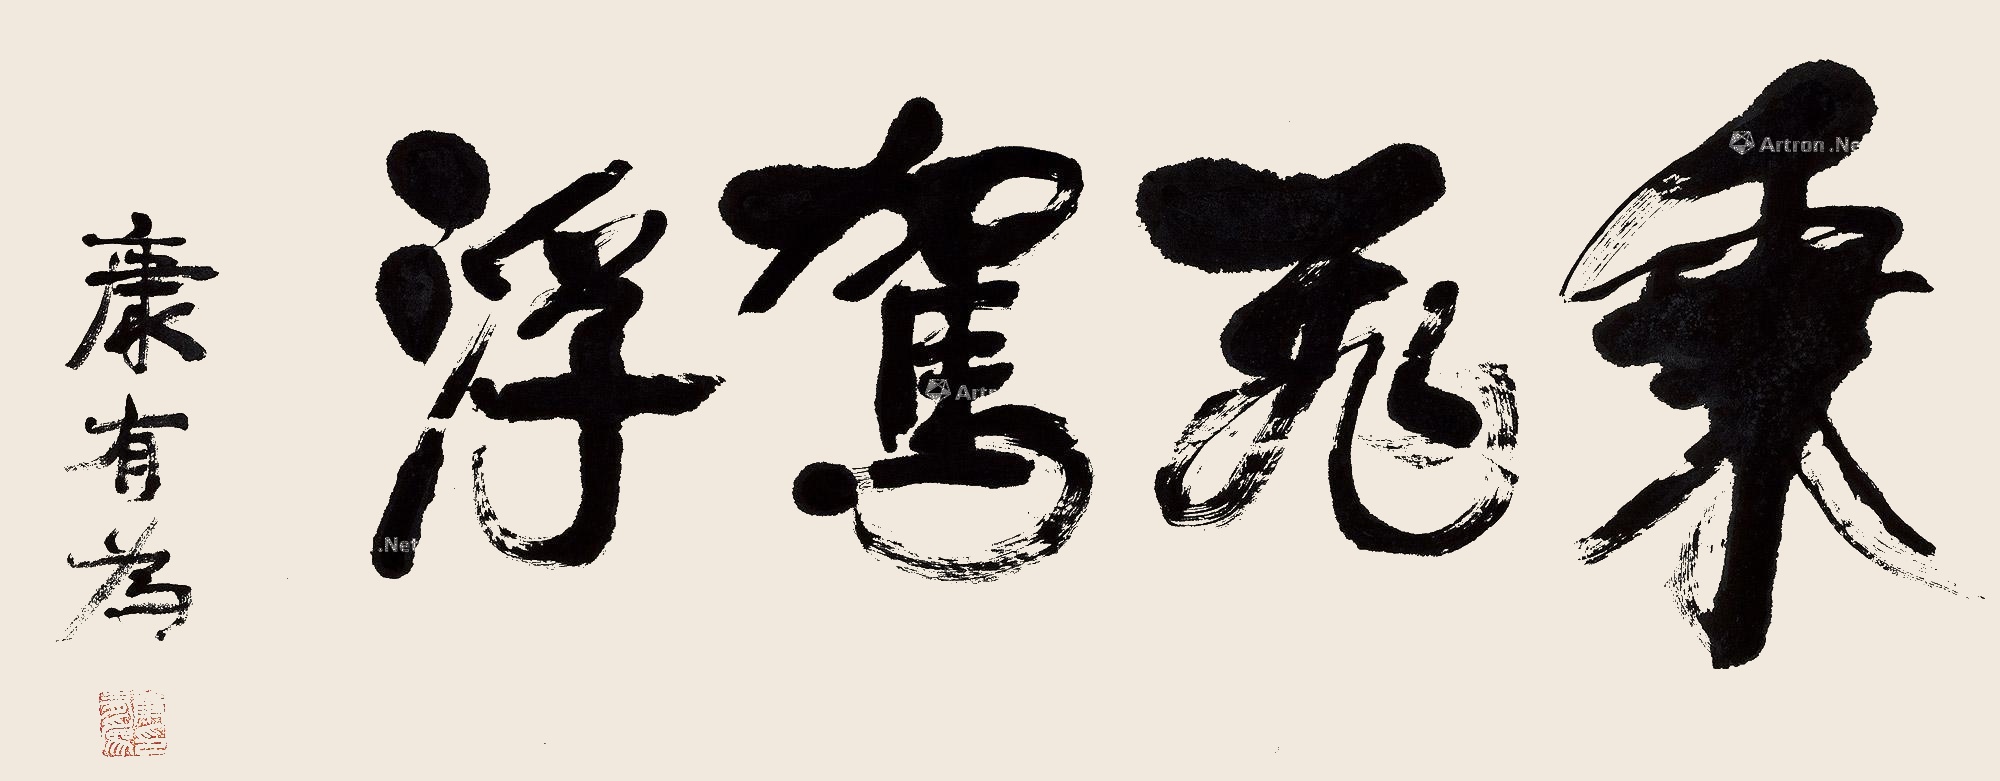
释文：乘飞驾浮康有为印